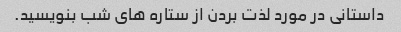
داستانی در مورد لذت بردن از ستاره های شب بنویسید.